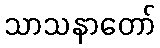
သာသနာတော်